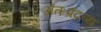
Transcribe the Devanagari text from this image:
अंतःप्रद्रव्य